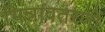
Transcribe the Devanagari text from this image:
भिन्नावतरणों